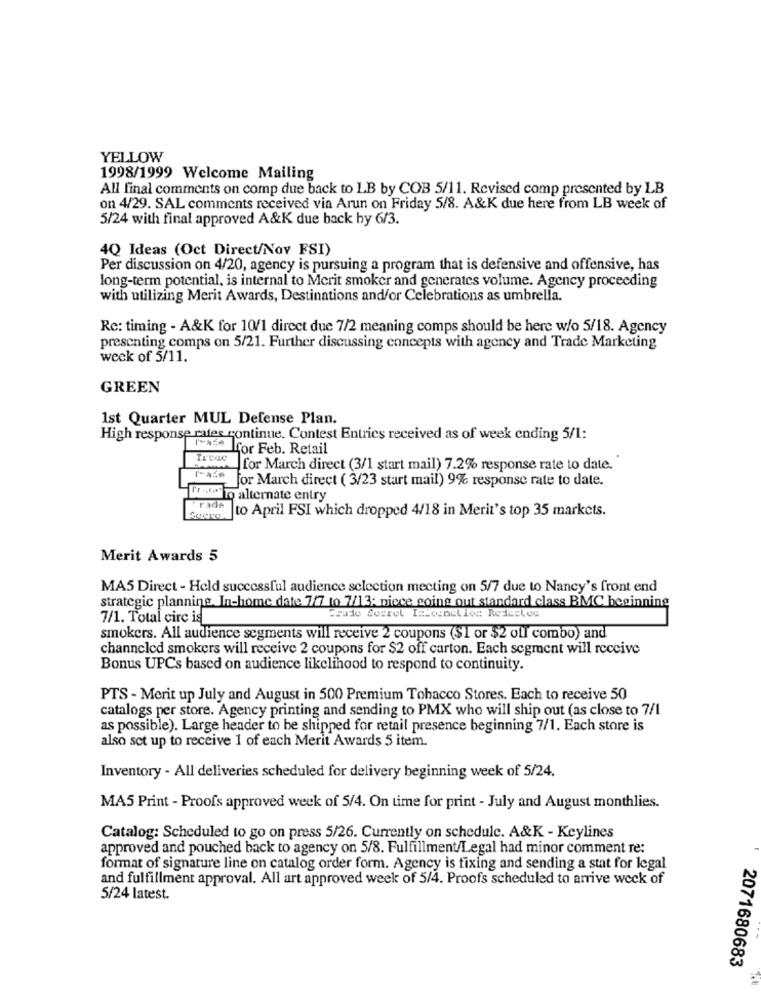
YELLOW
1998/1999 Welcome Mailing
All final comments on comp due back to LB by COB 5/11. Revised comp presented by LB
on 4/29. SAL comments received via Arun on Friday 5/8. A&K due here from LB week of
5/24 with final approved A&K due back by 6/3.
4Q Ideas (Oct Direct/Nov FSI)
Per discussion on 4/20, agency is pursuing a program that is defensive and offensive, has
long-term potential, is internal to Merit smoker and generates volume. Agency proceeding
with utilizing Merit Awards, Destinations and/or Celebrations as umbrella.
Re: timing - A&K for 10/1 direct due 7/2 meaning comps should be here w/o 5/18. Agency
presenting comps on 5/21. Further discussing concepts with agency and Trade Marketing
week of 5/11.
GREEN
1st Quarter MUL Defense Plan.
High response rates continue. Contest Entries received as of week ending 5/1:
Lfor Feb. Retail
Irvac
for March direct (3/1 start mail) 7.2% response rate to date.
for March direct ( 3/23 start mail) 9% response rate to date.
Profilo alternate entry
rade
to April FSI which dropped 4/18 in Merit's top 35 markets.
Merit Awards 5
MA5 Direct - Held successful audience selection meeting on 5/7 due to Nancy's front end
strategic planning. In-home date 7/7 to 7/13: niece going out standard class BMC beginning
7/1. Total circ is
smokers. All audience segments will receive 2 coupons ($1 or $2 off combo) and
channeled smokers will receive 2 coupons for $2 off carton. Each segment will receive
Bonus UPCs based on audience likelihood to respond to continuity.
PTS - Merit up July and August in 500 Premium Tobacco Stores. Each to receive 50
catalogs per store. Agency printing and sending to PMX who will ship out (as close to 7/1
as possible). Large header to be shipped for retail presence beginning 7/1. Each store is
also set up to receive 1 of each Merit Awards 5 item.
Inventory - All deliveries scheduled for delivery beginning week of 5/24.
MA5 Print - Proofs approved week of 5/4. On time for print - July and August monthlies.
Catalog: Scheduled to go on press 5/26. Currently on schedule. A&K - Keylines
approved and pouched back to agency on 5/8. Fulfillment/Legal had minor comment re:
format of signature line on catalog order form. Agency is fixing and sending a stat for legal
and fulfillment approval. All art approved week of 5/4. Proofs scheduled to arrive weck of
5/24 latest.
2071680683